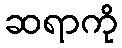
ဆရာကို